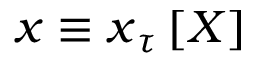
\boldsymbol { x } \equiv \boldsymbol { x } _ { \u { \tau } } \left[ \boldsymbol { X } \right]